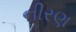
નીરણ